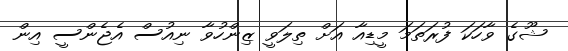
ޝޫގެ ވާހަކަ ފުރަތަމަ މީޑިއާ އަށް ތިލަވީ ޒިންހުވާ ނިއުސް އެޖެންސީ އިން